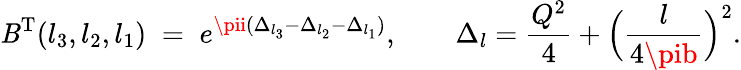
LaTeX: \mathit{B}^{\mathrm{{T}}}(l_{3},l_{2},l_{1})\; =\; e^{\pii(\Delta_{l_{3}}-\Delta_{l_{2}}-\Delta_{l_{1}})},\qquad\Delta_{l}=\frac{{Q^{2}}}{{4}}+\Bigl(\frac{{l}}{{4\pib}}\Bigr)^{2}.